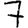
Digit: 7